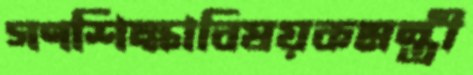
গণশিক্ষাবিষয়কমন্ত্রী